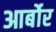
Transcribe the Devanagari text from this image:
आर्बोर